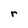
Character: r